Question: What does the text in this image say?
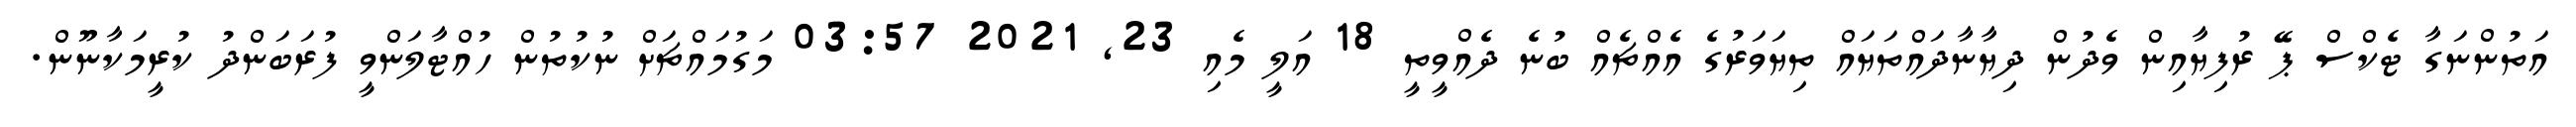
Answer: އަތުންނަގާ ޓެކްސް ޕޭ ރުފިޔާއިން ވެދުން ދިޔާނާދައްތަޔައް ތިޔަވަރުގެ އެއްޗެއް ބުނެ ދެއްވީތީ 18 އަލީ މެއި 23, 2021 03:57 މަގުމައްޗަށް ނުކުތުން ހުއްޓާލަންވީ ފުރަބަންދު ކުރީމަކާނޫން.